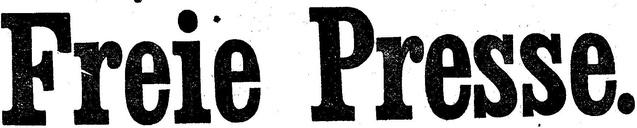
Freie Presse.